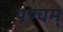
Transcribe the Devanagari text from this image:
पण्चम्